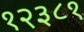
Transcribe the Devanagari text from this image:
१२३८१